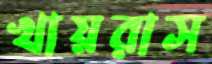
খায়রাস